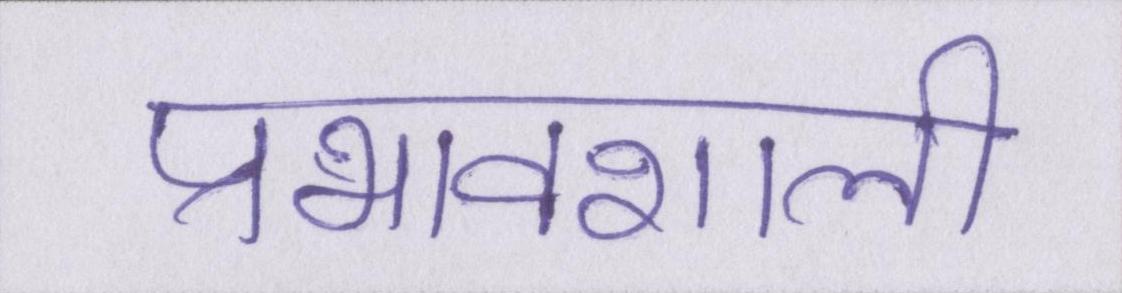
प्रभावशाली